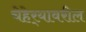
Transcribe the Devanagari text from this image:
चेहेर्‍यावरील